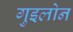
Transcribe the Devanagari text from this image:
गुइलोन